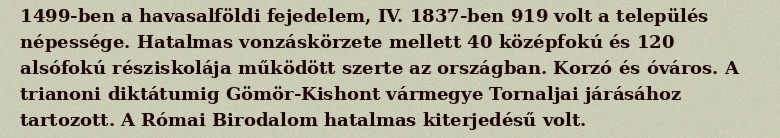
1499-ben a havasalföldi fejedelem, IV. 1837-ben 919 volt a település népessége. Hatalmas vonzáskörzete mellett 40 középfokú és 120 alsófokú résziskolája működött szerte az országban. Korzó és óváros. A trianoni diktátumig Gömör-Kishont vármegye Tornaljai járásához tartozott. A Római Birodalom hatalmas kiterjedésű volt.